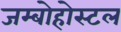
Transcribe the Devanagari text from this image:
जम्बोहोस्टल